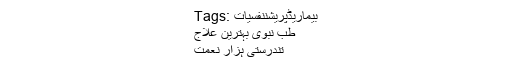
Tags: بیماریڈپریشننفسیات
طب نبویؐ بہترین علاج
تندرستی ہزار نعمت